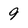
Character: 9